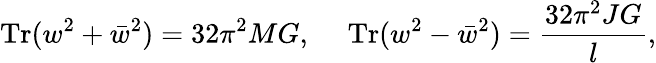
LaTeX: \mathrm{Tr}(w^{2}+\bar{w}^{2})=32\pi^{2}MG,\ \ \ \ \ \mathrm{Tr}(w^{2}-\bar{w}^{2})={\frac{32\pi^{2}JG}{l}},